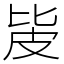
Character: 㿫